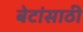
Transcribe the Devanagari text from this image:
बेटांसाठी